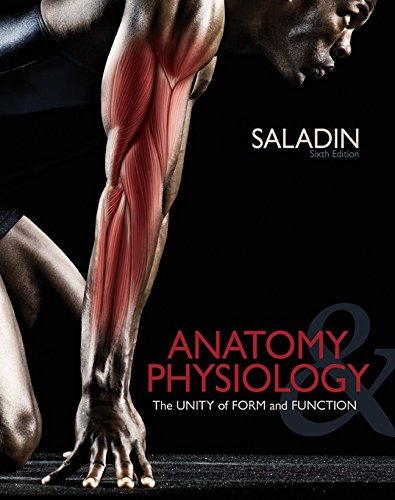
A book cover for Anatomy & Physiology: The Unity of Form and Function; Kenneth Saladin; Medical Books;